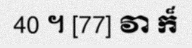
40 ។ [77] វា ក៏